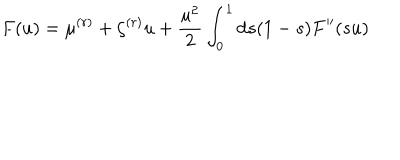
F ( u ) = \mu ^ { ( r ) } + \zeta ^ { ( r ) } u + \frac { u ^ { 2 } } { 2 } \int _ { 0 } ^ { 1 } \mathrm { d } s ( 1 - s ) F ^ { \prime \prime } ( s u )